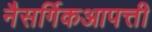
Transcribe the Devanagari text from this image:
नैसर्गिकआपत्ती